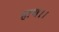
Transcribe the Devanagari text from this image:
हाथ।।